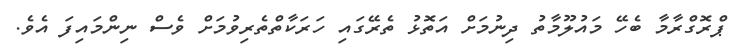
ޕްރޮގްރާމާ ބެހޭ މައުލޫމާތު ދިނުމަށް އަތޮޅު ތެރޭގައި ހަރަކާތްތެރިވުމަށް ވެސް ނިންމައިފަ އެވެ.